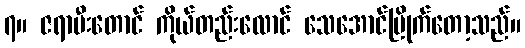
၇။ ဇရာမီးတောင် ကိုယ်တည်းလောင် သေအောင်မြိုက်တော့သည်။